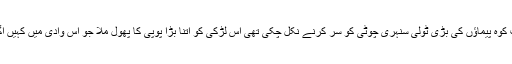
ایک دن جب کوہ پیماؤں کی بڑی ٹولی سنہری چوٹی کو سر کرنے نکل چکی تھی اس لڑکی کو اتنا بڑا پوپی کا پھول ملا جو اس وادی میں کہیں اّگا ہی نہ تھا۔